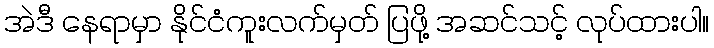
အဲဒီ နေရာမှာ နိုင်ငံကူးလက်မှတ် ပြဖို့ အဆင်သင့် လုပ်ထားပါ။